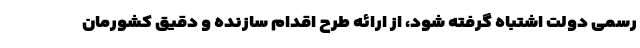
رسمی دولت اشتباه گرفته شود، از ارائه طرح اقدام سازنده و دقیق کشورمان